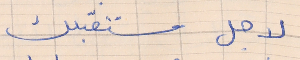
لاجل مستقبلك